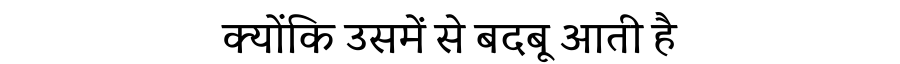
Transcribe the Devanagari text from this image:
क्योंकि उसमें से बदबू आती है